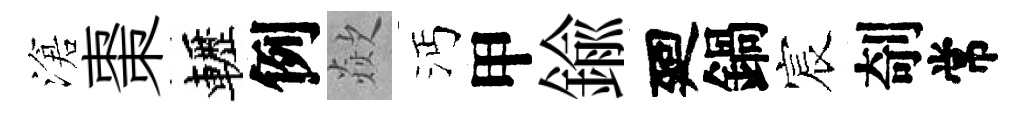
滄棗轣例歘沔甲鍮廻鍋宸剞常